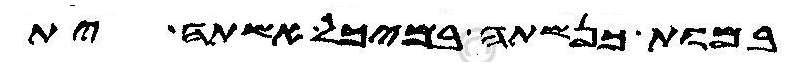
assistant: במות כנשתה במיכל אשתה ית